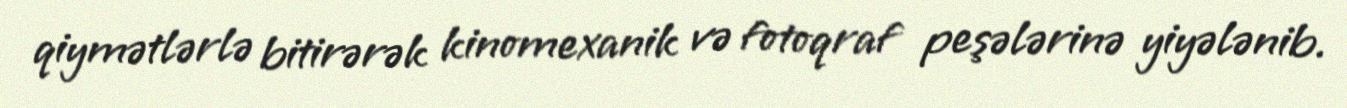
qiymətlərlə bitirərək kinomexanik və fotoqraf peşələrinə yiyələnib.